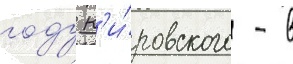
году к'и́ровского - в